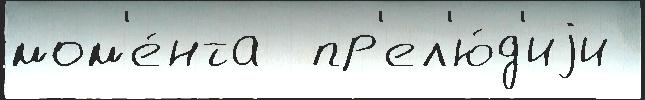
мом'е́нта  пр'ел'ю́д'иjи